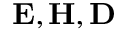
\mathbf { E } , \mathbf { H } , \mathbf { D }